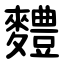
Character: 䵄